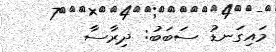
މައިގަނޑު ސަބަބު: ދިރާސާ